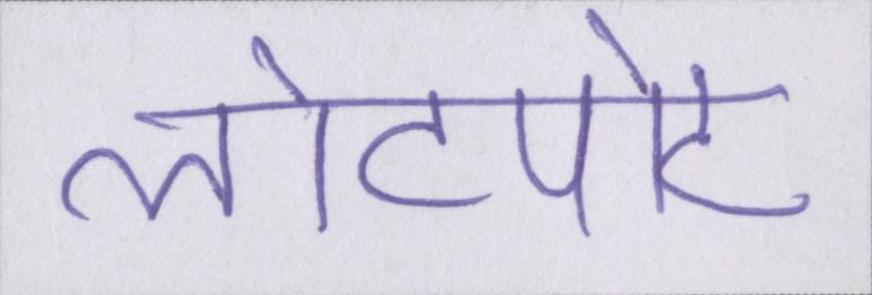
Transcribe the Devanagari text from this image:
लोटपोट